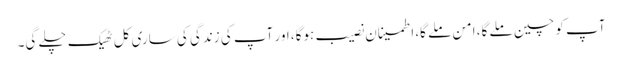
آپ کو چین ملے گا، امن ملے گا، اطمینان نصیب ہوگا، اور آپ کی زندگی کی ساری کل ٹھیک چلے گی۔